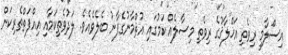
އިސްލާމީ ރިވެތި އަޚްލާޤުގެ ރިވެތި މިސާލެއް ކަމުގައި އުޘްމާނުގެފާނު ބެލެވެއެވެ. ލަދުވެތިކަމާއި އިއްފަތްތެރިކަން